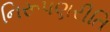
નિરૂપણરીતિ